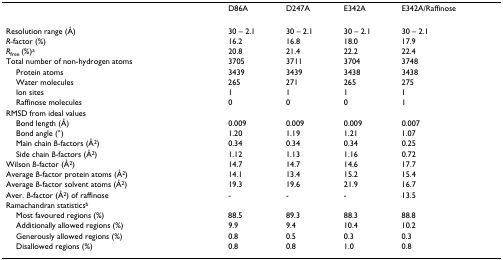
<table><thead><tr><td></td><td><b>D86A</b></td><td><b>D247A</b></td><td><b>E342A</b></td><td><b>E342A/Raffinose</b></td></tr></thead><tbody><tr><td>Resolution range (Å)</td><td>30 – 2.1</td><td>30 – 2.1</td><td>30 – 2.1</td><td>30 – 2.1</td></tr><tr><td><i>R</i>-factor (%)</td><td>16.2</td><td>16.8</td><td>18.0</td><td>17.9</td></tr><tr><td><i>R</i><sub>free </sub>(%)<sup>a</sup></td><td>20.8</td><td>21.4</td><td>22.2</td><td>22.4</td></tr><tr><td>Total number of non-hydrogen atoms</td><td>3705</td><td>3711</td><td>3704</td><td>3748</td></tr><tr><td> Protein atoms</td><td>3439</td><td>3439</td><td>3438</td><td>3438</td></tr><tr><td> Water molecules</td><td>265</td><td>271</td><td>265</td><td>275</td></tr><tr><td> Ion sites</td><td>1</td><td>1</td><td>1</td><td>1</td></tr><tr><td> Raffinose molecules</td><td>0</td><td>0</td><td>0</td><td>1</td></tr><tr><td>RMSD from ideal values</td><td></td><td></td><td></td><td></td></tr><tr><td> Bond length (Å)</td><td>0.009</td><td>0.009</td><td>0.009</td><td>0.007</td></tr><tr><td> Bond angle (°)</td><td>1.20</td><td>1.19</td><td>1.21</td><td>1.07</td></tr><tr><td> Main chain <i>B</i>-factors (Å<sup>2</sup>)</td><td>0.34</td><td>0.34</td><td>0.34</td><td>0.25</td></tr><tr><td> Side chain <i>B</i>-factors (Å<sup>2</sup>)</td><td>1.12</td><td>1.13</td><td>1.16</td><td>0.72</td></tr><tr><td>Wilson <i>B</i>-factor (Å<sup>2</sup>)</td><td>14.7</td><td>14.7</td><td>14.6</td><td>17.7</td></tr><tr><td>Average <i>B</i>-factor protein atoms (Å<sup>2</sup>)</td><td>14.1</td><td>13.4</td><td>15.2</td><td>15.4</td></tr><tr><td>Average <i>B</i>-factor solvent atoms (Å<sup>2</sup>)</td><td>19.3</td><td>19.6</td><td>21.9</td><td>16.7</td></tr><tr><td>Aver. <i>B</i>-factor (Å<sup>2</sup>) of raffinose</td><td>-</td><td>-</td><td>-</td><td>13.5</td></tr><tr><td>Ramachandran statistics<sup>b</sup></td><td></td><td></td><td></td><td></td></tr><tr><td> Most favoured regions (%)</td><td>88.5</td><td>89.3</td><td>88.3</td><td>88.8</td></tr><tr><td> Additionally allowed regions (%)</td><td>9.9</td><td>9.4</td><td>10.4</td><td>10.2</td></tr><tr><td> Generously allowed regions (%)</td><td>0.8</td><td>0.5</td><td>0.3</td><td>0.3</td></tr><tr><td> Disallowed regions (%)</td><td>0.8</td><td>0.8</td><td>1.0</td><td>0.8</td></tr></tbody></table>